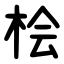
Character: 桧